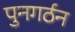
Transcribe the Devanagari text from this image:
पुनगर्ठन